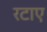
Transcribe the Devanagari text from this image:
रटाए